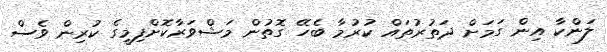
ލަންކާ އިން ގަމަށް ދަތުރުތައް ކުރުމާ ބެހޭ ގޮތުން މަޝްވަރާކޮށްފިމީގެ ކުރިން ވެސް